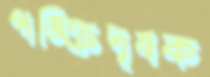
পঙ্ক্তিদূষক